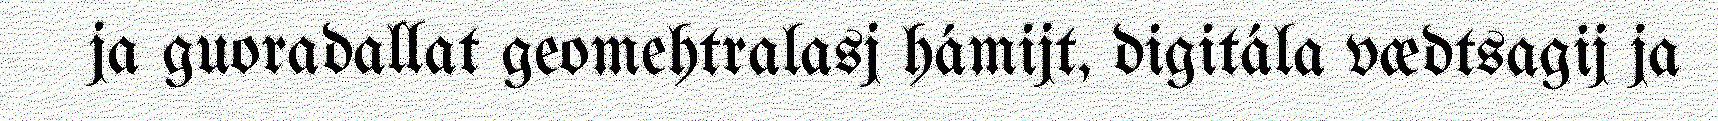
ja guoradallat geomehtralasj hámijt, digitála vædtsagij ja